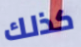
كذلك